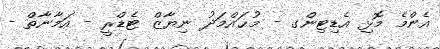
އެންމެ މޮޅި އެޑިޓިންގ - މުޙައްމަދު ނިޔާޒް ޓެޑްރީ - އަމާނާތް -